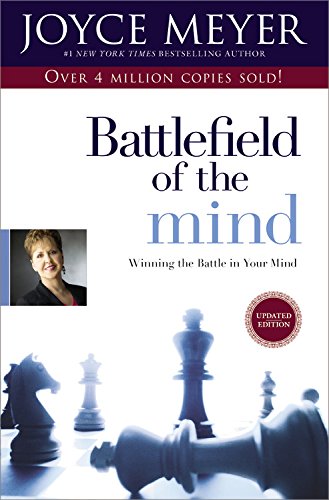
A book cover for Battlefield of the Mind: Winning the Battle in Your Mind; Joyce Meyer; Christian Books & Bibles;